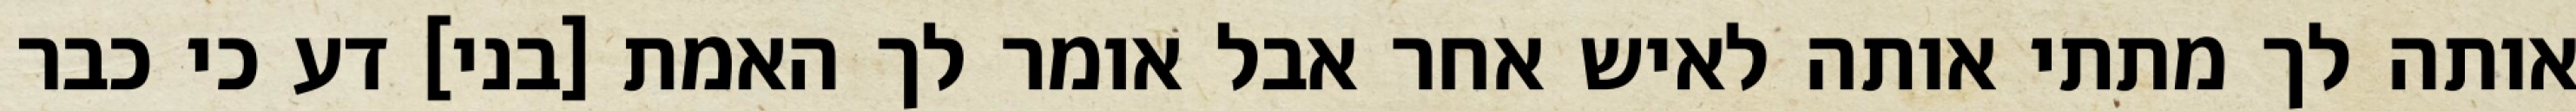
אותה לך מתתי אותה לאיש אחר אבל אומר לך האמת [בני] דע כי כבר